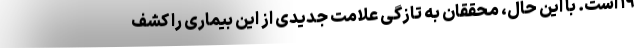
۱۹ است. با این حال، محققان به تازگی علامت جدیدی از این بیماری را کشف